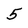
Character: 5